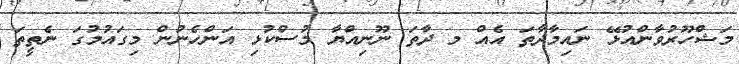
މަޝްހޫރުވާންއުޅޭ ނައިމާދާތަ އެއް މ ދާތަ ނޫނިއްޔާ މުސްކުޅި އަންހެނުން މިގައުމުގަ ނެތީތަ